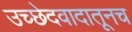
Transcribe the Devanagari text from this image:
उच्छेदवादातूनच